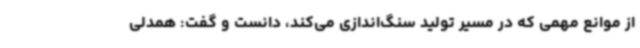
از موانع مهمی که در مسیر تولید سنگ‌اندازی می‌کند، دانست و گفت: همدلی